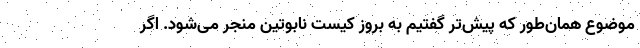
موضوع همان‌طور که پیش‌تر گفتیم به بروز کیست نابوتین منجر می‌شود. اگر